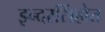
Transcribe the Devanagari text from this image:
इन्दरसिंहोत